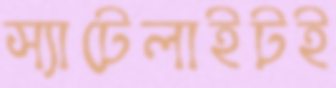
স্যাটেলাইটই